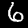
Digit: 6